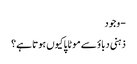
- وجود
ذہنی دباؤ سے موٹاپا کیوں ہوتا ہے؟